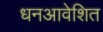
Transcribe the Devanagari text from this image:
धनआवेशित